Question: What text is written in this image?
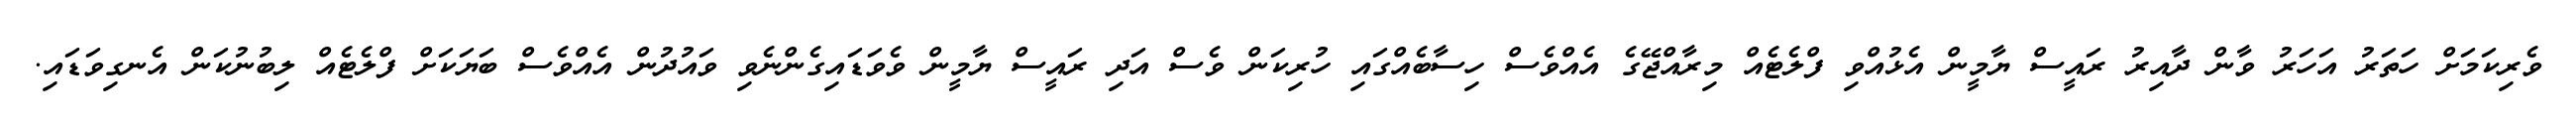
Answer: ވެރިކަމަށް ހަތަރު އަހަރު ވާން ދާއިރު ރައީސް ޔާމީން އެޅުއްވި ފްލެޓެއް މިރާއްޖޭގެ އެއްވެސް ހިސާބެއްގައި ހުރިކަން ވެސް އަދި ރައީސް ޔާމީން ވެވަޑައިގެންނެވި ވައުދުން އެއްވެސް ބަޔަކަށް ފްލެޓެއް ލިބުނުކަން އެނގިވަޑައި.